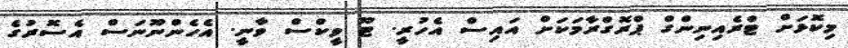
މިކޮޅަށް ޓްރެއިނިންގް ޕްރޮގްރާމަކަށް އައިސް އެހުރީ. ޓޫ ވީކްސް ވާނީ. އެހެންނޫނަސް އެސޮރުގެ